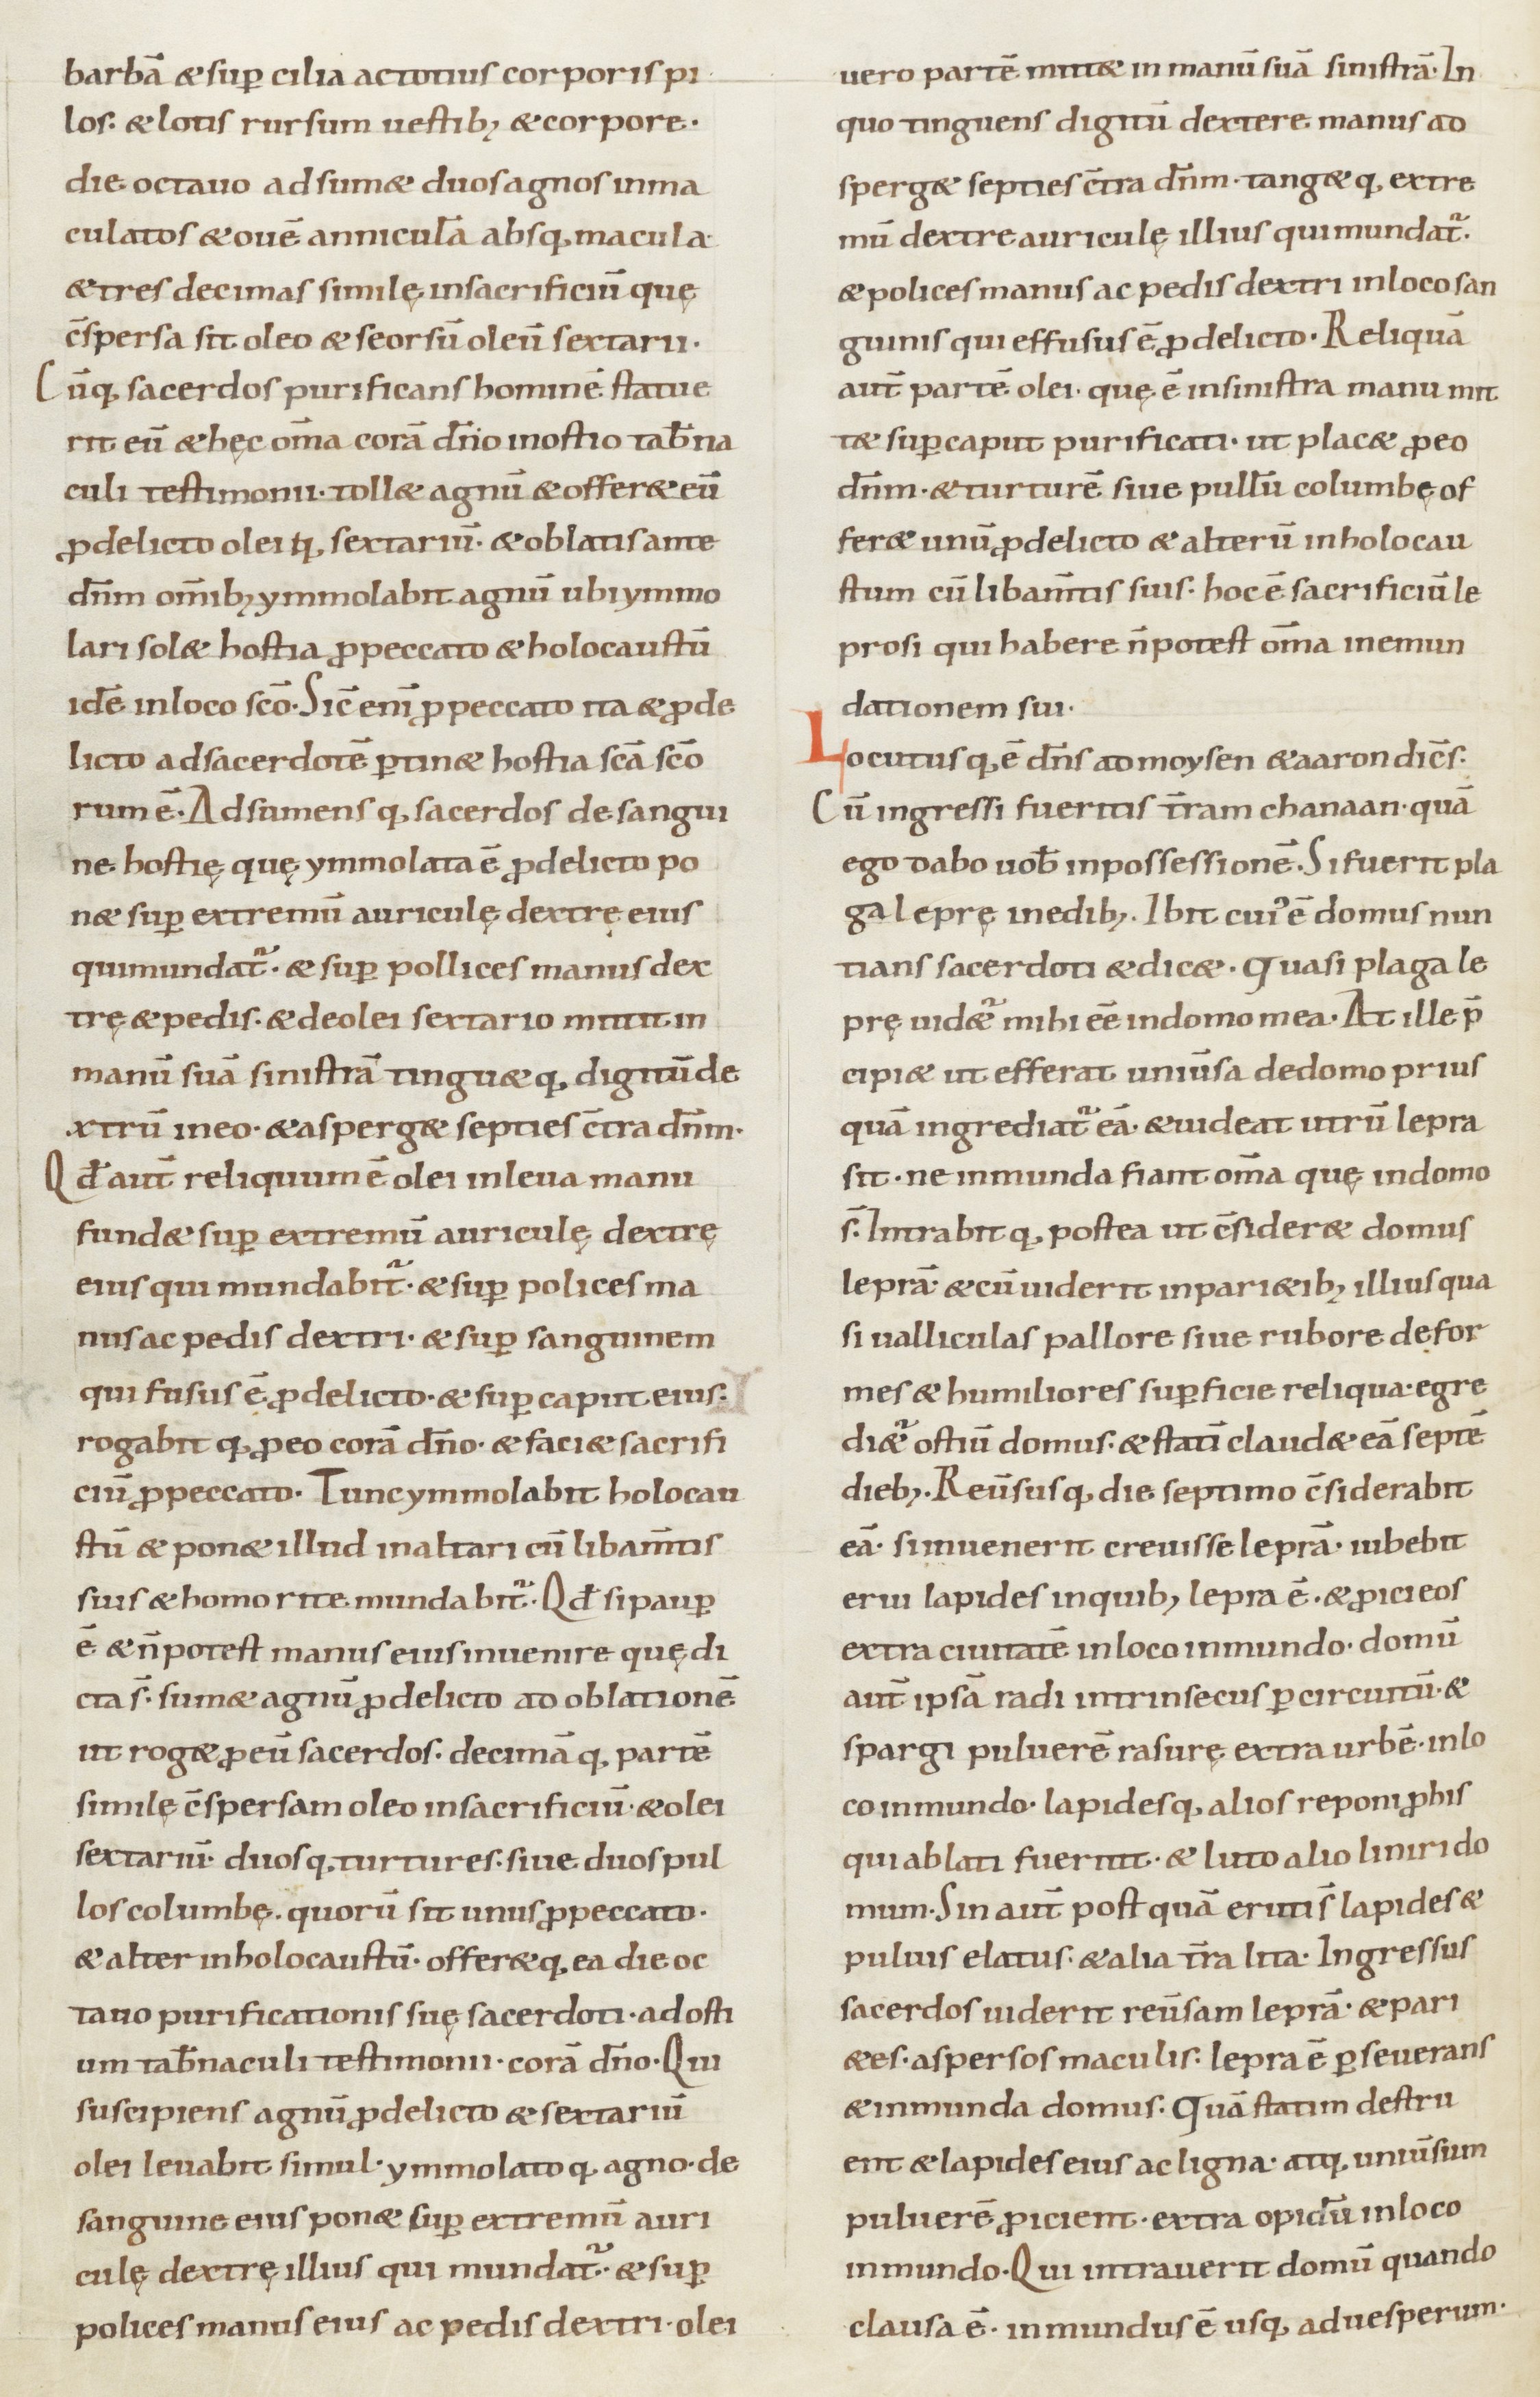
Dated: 900–999